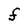
Character: F